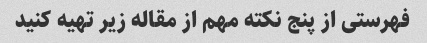
فهرستی از پنج نکته مهم از مقاله زیر تهیه کنید